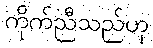
ကိုက်ညီသည်ဟု